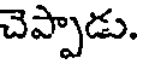
చెప్పాడు.